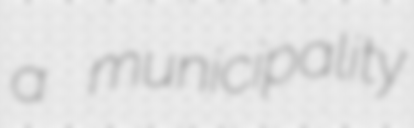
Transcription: a municipality